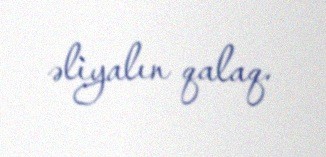
əliyalın qalaq.